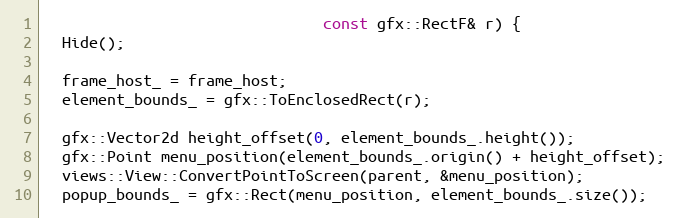
Language: C++
                               const gfx::RectF& r) {
  Hide();

  frame_host_ = frame_host;
  element_bounds_ = gfx::ToEnclosedRect(r);

  gfx::Vector2d height_offset(0, element_bounds_.height());
  gfx::Point menu_position(element_bounds_.origin() + height_offset);
  views::View::ConvertPointToScreen(parent, &menu_position);
  popup_bounds_ = gfx::Rect(menu_position, element_bounds_.size());